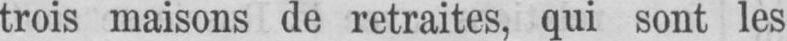
trois maisons de retraites, qui sont les